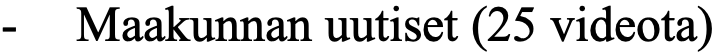
- Maakunnan uutiset (25 videota)